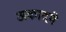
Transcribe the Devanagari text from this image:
अकादमे